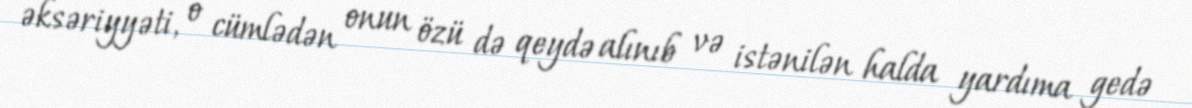
əksəriyyəti, o cümlədən onun özü də qeydə alınıb və istənilən halda yardıma gedə